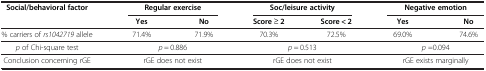
<table><thead><tr><td rowspan="2"><b>Social/behavioral factor</b></td><td colspan="2"><b>Regular exercise</b></td><td colspan="2"><b>Soc/leisure activity</b></td><td colspan="2"><b>Negative emotion</b></td></tr><tr><td><b>Yes</b></td><td><b>No</b></td><td><b>Score ≥ 2</b></td><td><b>Score &lt; 2</b></td><td><b>Yes</b></td><td><b>No</b></td></tr></thead><tbody><tr><td>% carriers of <i>rs1042719</i> allele</td><td>71.4%</td><td>71.9%</td><td>70.3%</td><td>72.5%</td><td>69.0%</td><td>74.6%</td></tr><tr><td><i>p</i> of Chi-square test</td><td colspan="2"><i>p</i> = 0.886</td><td colspan="2"><i>p</i> = 0.513</td><td colspan="2"><i>p</i> =0.094</td></tr><tr><td>Conclusion concerning rGE</td><td colspan="2">rGE does not exist</td><td colspan="2">rGE does not exist</td><td colspan="2">rGE exists marginally</td></tr></tbody></table>